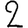
Digit: 2